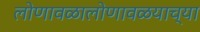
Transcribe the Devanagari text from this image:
लोणावळालोणावळयाच्या